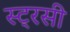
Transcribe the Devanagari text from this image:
स्ट्रसी